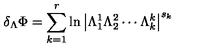
\delta _ { \Lambda } \Phi = \sum _ { k = 1 } ^ { r } \ln \left| \Lambda _ { 1 } ^ { 1 } \Lambda _ { 2 } ^ { 2 } \cdots \Lambda _ { k } ^ { k } \right| ^ { s _ { k } }